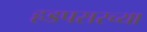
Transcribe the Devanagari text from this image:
हडपसरच्या